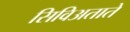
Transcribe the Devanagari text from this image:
सिविअताते